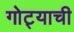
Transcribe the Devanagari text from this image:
गोट्याची